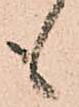
も